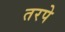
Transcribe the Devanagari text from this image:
तरपे